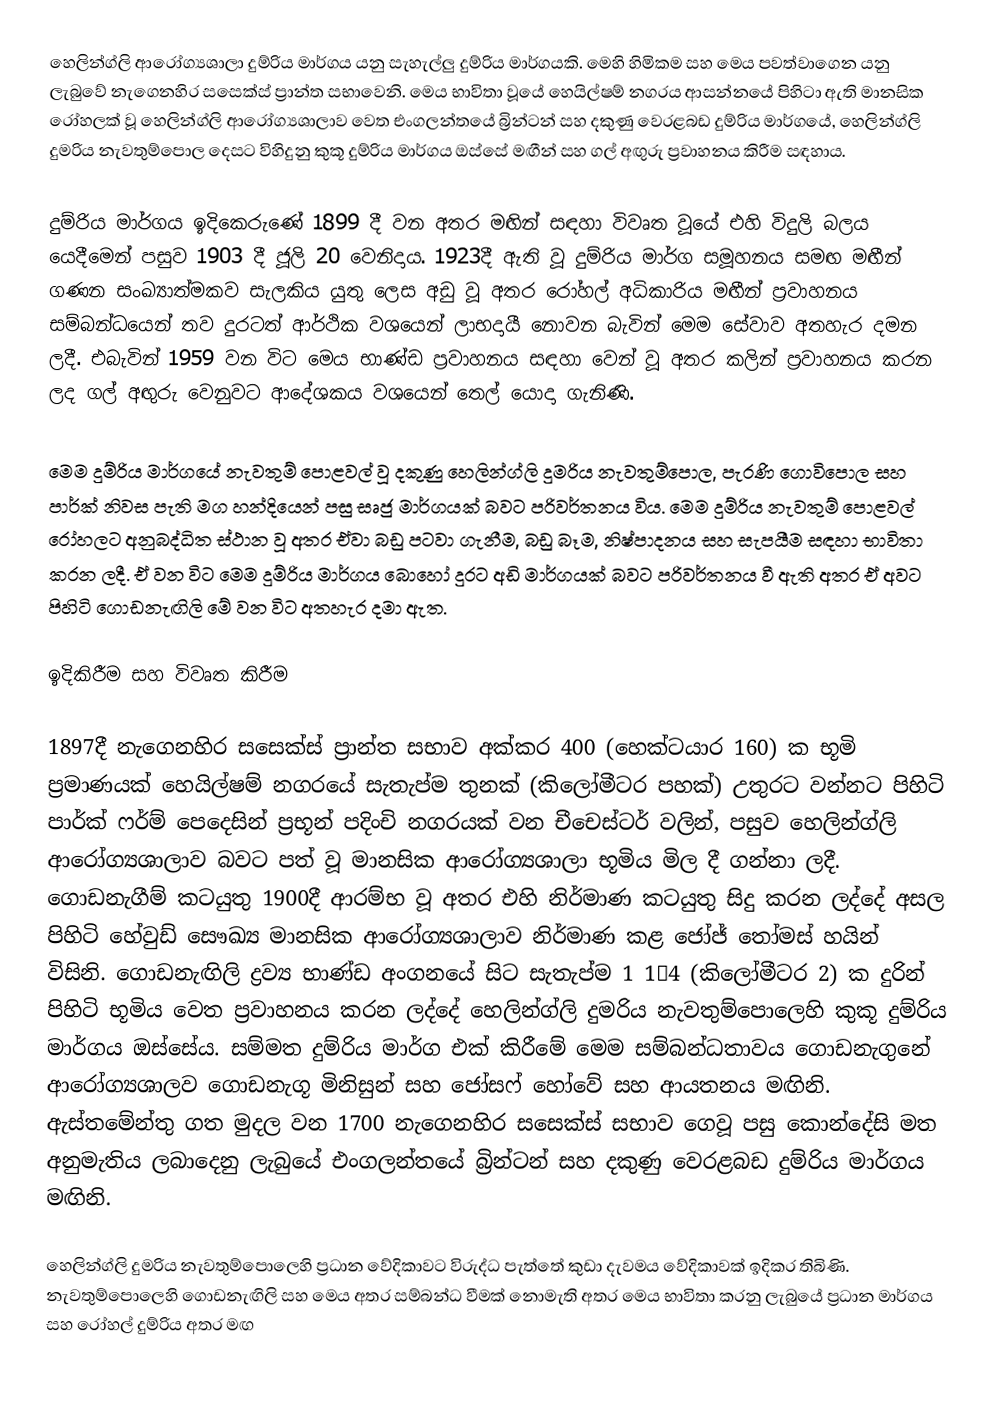
හෙලින්ග්ලි ආරෝග්‍යශාලා දුම්රිය මාර්ගය යනු සැහැල්ලු දුම්රිය මාර්ගයකි. මෙහි හිමිකම සහ ‍මෙය පවත්වාගෙන යනු ලැබුවේ නැගෙනහිර සසෙක්ස් ප්‍රාන්ත සභාවෙනි. මෙය භාවිතා වූයේ හෙයිල්ෂම් නගරය ආසන්නයේ පිහිටා ඇති මානසික රෝහලක් වූ හෙලින්ග්ලි ආරෝග්‍යශාලාව වෙත එංගලන්තයේ බ්‍රින්ටන් සහ දකුණු වෙරළබඩ දුම්රිය මාර්ගයේ, හෙලින්ග්ලි දුමරිය නැවතුම්පොල දෙසට විහිදුනු කුකූ  දුම්රිය මාර්ගය ඔස්සේ  මඟීන් සහ ගල් අඟුරු ප්‍රවාහනය කිරීම සඳහාය.

දුම්රිය මාර්ගය ඉදිකෙරුණේ 1899 දී වන අතර මඟින් සඳහා විවෘත වූයේ එහි විදුලි බලය යෙදීමෙන් පසුව 1903 දී ජූලි 20 වෙනිදාය. 1923දී ඇති වූ දුම්රිය මාර්ග සමූහනය සමඟ මඟීන් ගණන සංඛ්‍යාත්මකව සැලකිය යුතු ලෙස අඩු වූ අතර රෝහල් අධිකාරිය මඟීන් ප්‍රවාහනය සම්බන්ධයෙන් තව දුරටත් ආර්ථික වශයෙන් ලාභදායී නොවන බැවින් මෙම සේවාව අතහැර දමන ලදී. එබැවින් 1959 වන විට මෙය භාණ්ඩ ප්‍රවාහනය සඳහා වෙන් වූ අතර කලින් ප්‍රවාහනය කරන ලද ගල් අඟුරු වෙනුවට ආදේශකය වශයෙන් තෙල් යොදා ගැනිණි.

මෙම දුම්රිය මාර්ගයේ නැවතුම් පොළවල් වූ දකුණු හෙලින්ග්ලි  දුමරිය නැවතුම්පොල, පැරණි ගොවිපොල සහ පාර්ක් නිවස පැති මග හන්දියෙන් පසු සෘජු මාර්ගයක් බවට පරිවර්තනය විය. මෙම දුම්රිය නැවතුම් පොළවල් රෝහලට අනුබද්ධිත ස්ථාන වූ අතර ඒවා බඩු පටවා ගැනීම, බඩු බෑම, නිෂ්පාදනය සහ සැපයීම සඳහා භාවිතා කරන ලදී. ඒ වන විට මෙම දුම්රිය මාර්ගය බොහෝ දුරට අඩි මාර්ගයක් බවට පරිවර්තනය වී ඇති අතර ඒ අවට පිහිටි ගොඩනැඟිලි  මේ වන විට අතහැර දමා ඇත.

ඉදිකිරීම සහ විවෘත කිරීම

1897දී නැගෙනහිර සසෙක්ස් ප්‍රාන්ත සභාව අක්කර 400 (හෙක්ටයාර 160) ක භූමි ප්‍රමාණයක් හෙයිල්ෂම් නගරයේ සැතැප්ම තුනක් (කිලෝමීටර පහක්) උතුරට වන්නට පිහිටි පාර්ක් ෆර්ම් පෙදෙසින් ප්‍රභූන් පදිංචි නගරයක් වන චීචෙස්ටර්  වලින්, පසුව හෙලින්ග්ලි ආරෝග්‍යශාලාව බවට පත් වූ මානසික ආරෝග්‍යශාලා භූමිය මිල දී ගන්නා ලදී. ගොඩනැගීම් කටයුතු 1900දී ආරම්භ වූ අතර එහි නිර්මාණ කටයුතු සිදු කරන ලද්දේ අසල පිහිටි හේවුඩ් සෞඛ්‍ය මානසික ආරෝග්‍යශාලාව නිර්මාණ කළ ජෝජ් තෝමස් හයින් විසිනි. ගොඩනැඟිලි ද්‍රව්‍ය භාණ්ඩ අංගනයේ සිට සැතැප්ම 1 1⁄4 (කිලෝමීටර 2) ක දුරින් පිහිටි භූමිය වෙත ප්‍රවාහනය කරන ලද්දේ හෙලින්ග්ලි  දුමරිය නැවතුම්පොලෙහි කුකූ  දුම්රිය මාර්ගය ඔස්සේය. සම්මත දුම්රිය මාර්ග එක් කිරීමේ  මෙම සම්බන්ධතාවය ගොඩනැගුනේ ආරෝග්‍යශාලව ගොඩනැගූ මිනිසුන් සහ ජෝසෆ් හෝවේ සහ ආයතනය මඟිනි. ඇස්තමේන්තු ගත මුදල වන 1700 නැගෙනහිර සසෙක්ස් සභාව ගෙවූ පසු කොන්දේසි මත අනුමැතිය ලබාදෙනු ලැබුයේ එංගලන්තයේ බ්‍රින්ටන් සහ දකුණු වෙරළබඩ දුම්රිය මාර්ගය මඟිනි.

හෙලින්ග්ලි දුමරිය නැවතුම්පොලෙහි ප්‍රධාන වේදිකාවට විරුද්ධ පැත්තේ කුඩා දැවමය වේදිකාවක් ඉදිකර තිබිණි. නැවතුම්පොලෙහි ගොඩනැඟිලි සහ මෙය අතර සම්බන්ධ වීමක් නොමැති අතර මෙය භාවිතා කරනු ලැබුයේ ප්‍රධාන මාර්ගය සහ රෝහල් දුම්රිය අතර මඟ